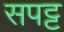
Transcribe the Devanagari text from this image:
सपट्ट